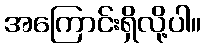
အကြောင်းရှိလို့ပါ။